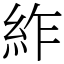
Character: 䋏